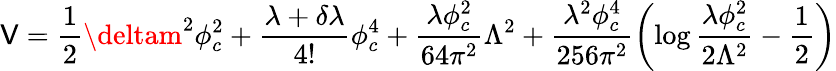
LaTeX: \mathsf{V}=\frac{{1}}{{2}}\deltam^{2}\phi_{c}^{2}+\frac{{\lambda+\delta\lambda}}{{4!}}\phi_{c}^{4}+\frac{{\lambda\phi_{c}^{2}}}{{64\pi^{2}}}\Lambda^{2}+\frac{{\lambda^{2}\phi_{c}^{4}}}{{256\pi^{2}}}\left(\log\frac{{\lambda\phi_{c}^{2}}}{{2\Lambda^{2}}}-\frac{{1}}{{2}}\right)